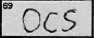
Transcription: OCS